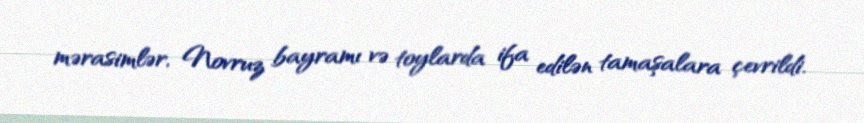
mərasimlər, Novruz bayramı və toylarda ifa edilən tamaşalara çevrildi.